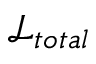
\mathcal { L } _ { t o t a l }